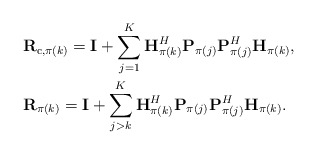
\begin{align*}\begin{aligned}&\mathbf{R}_{\mathrm{c},{\pi(k)}}=\mathbf{I}+\sum_{j=1}^K\mathbf{H}_{\pi(k)}^H\mathbf{P}_{\pi(j)}\mathbf{P}_{\pi(j)}^H\mathbf{H}_{\pi(k)},\\&\mathbf{R}_{\pi(k)}=\mathbf{I}+\sum_{j>k}^K\mathbf{H}_{\pi(k)}^H\mathbf{P}_{\pi(j)}\mathbf{P}_{\pi(j)}^H\mathbf{H}_{\pi(k)}.\end{aligned}\end{align*}